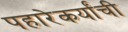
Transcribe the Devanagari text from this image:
पहारेकर्यांची